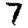
Digit: 7